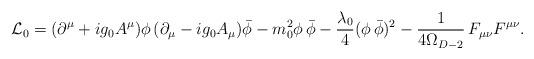
LaTeX: \begin{align*}{\cal L}_0=(\partial^\mu+ig_0 A^\mu)\phi\,(\partial_\mu-ig_0 A_\mu){\bar{\phi}}-m_0^2\phi\,{\bar{\phi}}-\frac{\lambda_0}{4}(\phi\,{\bar{\phi}})^2-\frac{1}{4\Omega_{D-2}}\,F_{\mu\nu}F^{\mu\nu}.\end{align*}